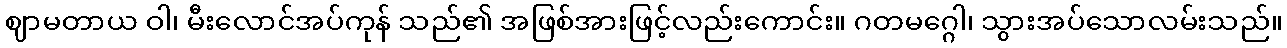
ဈာမတာယ ဝါ၊ မီးလောင်အပ်ကုန် သည်၏ အဖြစ်အားဖြင့်လည်းကောင်း။ ဂတမဂ္ဂေါ၊ သွားအပ်သောလမ်းသည်။